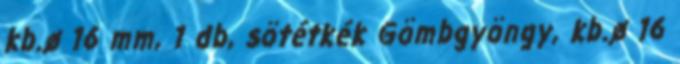
kb.ø 16 mm, 1 db, sötétkék Gömbgyöngy, kb.ø 16